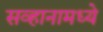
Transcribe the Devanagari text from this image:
सव्हानामध्ये